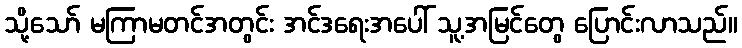
သို့သော် မကြာမတင်အတွင်း အင်ဒရေးအပေါ် သူ့အမြင်တွေ ပြောင်းလာသည်။